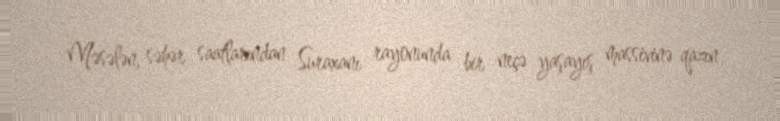
Məsələn, səhər saatlarından Suraxanı rayonunda bir neçə yaşayış massivinə qazın